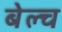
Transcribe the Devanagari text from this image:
बेल्च